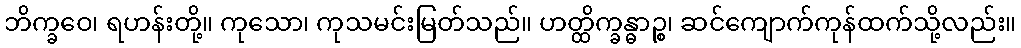
ဘိက္ခဝေ၊ ရဟန်းတို့။ ကုသော၊ ကုသမင်းမြတ်သည်။ ဟတ္ထိက္ခန္ဓာဉ္စ၊ ဆင်ကျောက်ကုန်ထက်သို့လည်း။